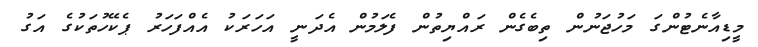
މީޑިއާނެޓުންގަ މަހުޖަނުން ތިބެގެން ރައްޔިތުން ފެލަމުން އެދަނީ އަހަރަކު އެއްފަހަރު ޕެކޭހުތަކުގެ އަގު